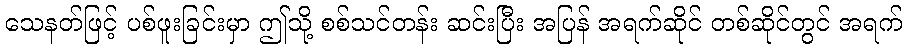
သေနတ်ဖြင့် ပစ်ဖူးခြင်းမှာ ဤသို့ စစ်သင်တန်း ဆင်းပြီး အပြန် အရက်ဆိုင် တစ်ဆိုင်တွင် အရက်